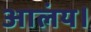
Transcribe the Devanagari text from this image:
आलंय।